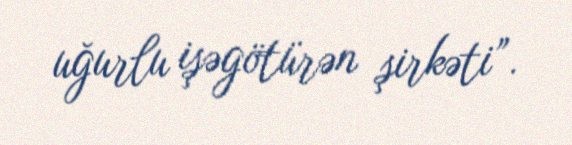
uğurlu işəgötürən şirkəti”.